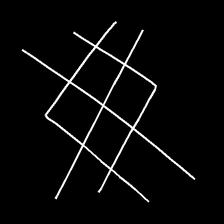
Glyph: crystal